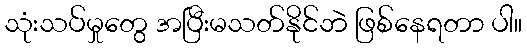
သုံးသပ်မှုတွေ အပြီးမသတ်နိုင်ဘဲ ဖြစ်နေရတာ ပါ။